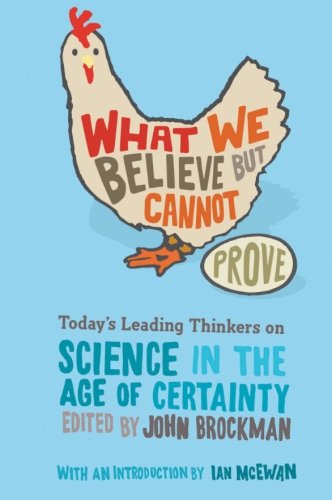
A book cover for What We Believe but Cannot Prove: Today's Leading Thinkers on Science in the Age of Certainty (Edge Question Series); John Brockman; Science & Math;